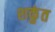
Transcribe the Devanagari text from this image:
शकुंत